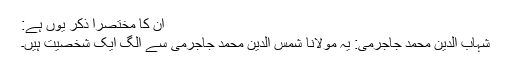
اِن کا مختصراً ذکر یوں ہے:
شہاب الدین محمد جاجرمی: یہ مولانا شمس الدین محمد جاجرمی سے الگ ایک شخصیت ہیں۔